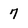
Character: 7